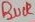
Text: BUCK